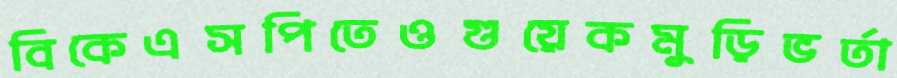
বিকেএসপিতেওগুয়েকমুড়িভর্তা